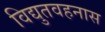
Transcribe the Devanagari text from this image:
विद्युतवहनास